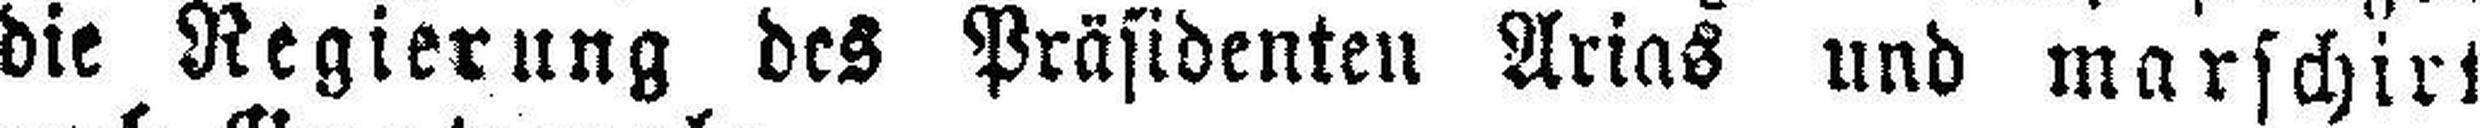
die Regierung des Präsidenten Arias und marschirt